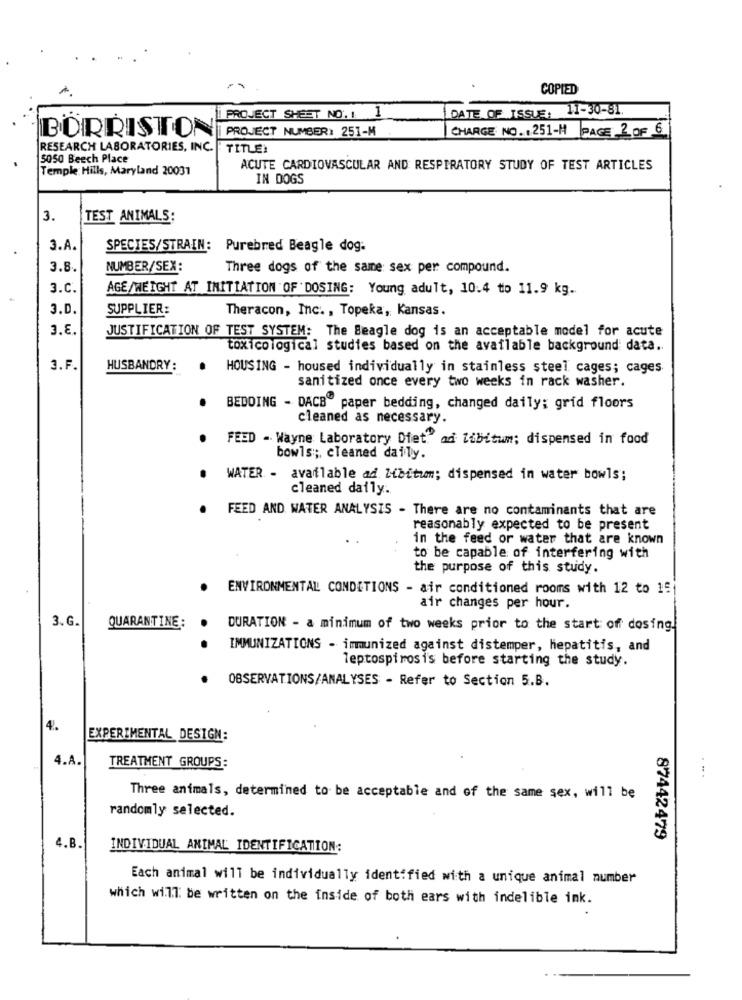
COPIED
DATE OF ISSUE: 11-30-81.
PROJECT SHEET NO. 1 1
PROJECT NUMBER: 251-M
CHARGE NO. , 251-1 PAGE 2 OF €
BÖRRISTON
RESEARCH LABORATORIES, INC.
TITLE:
5050 Beech Place
Temple Hills, Maryland 20031
ACUTE CARDIOVASCULAR AND RESPIRATORY STUDY OF TEST ARTICLES
IN DOGS
3.
TEST ANIMALS:
3.A.
SPECIES/STRAIN: Purebred Beagle dog.
3.8.
NUMBER/SEX:
Three dogs of the same sex per compound.
3.C.
AGE/WEIGHT AT INITIATION OF DOSING: Young adult, 10.4 to 11.9 kg.
3.D.
SUPPLIER:
Theracon, Inc ., Topeka, Kansas.
3.8.
JUSTIFICATION OF TEST SYSTEM: The Beagle dog is an acceptable model for acute
toxico logical studies based on the available background data ..
3.F.
HUSBANDRY:
. HOUSING - housed individually in stainless steel cages; cages
sanitized once every two weeks in rack washer.
BEDOING - DACB" paper bedding, changed daily; grid floors
cleaned as necessary.
.
FEED - Wayne Laboratory Diet ad libitum; dispensed in food
bowls ;;, cleaned daily.
WATER - available ad libitum; dispensed in water bowls;
cleaned daily.
FEED AND WATER ANALYSIS - There are no contaminants that are
reasonably expected to be present
in the feed or water that are known
to be capable of interfering with
the purpose of this study.
ENVIRONMENTAL CONDITIONS - air conditioned rooms with 12 to 15
air changes per hour.
3.G.
QUARANTINE:
DURATION - a minimum of two weeks prior to the start off dosing.
IMMUNIZATIONS - immunized against distemper, hepatitis, and
leptospirosis before starting the study.
OBSERVATIONS/ANALYSES - Refer to Section 5.B.
4.
EXPERIMENTAL DESIGN:
....
4.A.
TREATMENT GROUPS:
Three animals, determined to be acceptable and of the same sex, will be
randomly selected.
87442479
4.B.
INDIVIDUAL ANIMAL IDENTIFICATION:
Each animal will be individually identified with a unique animal number
which will be written on the inside of both ears with indelible ink.